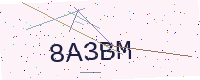
Text: 8A3BM